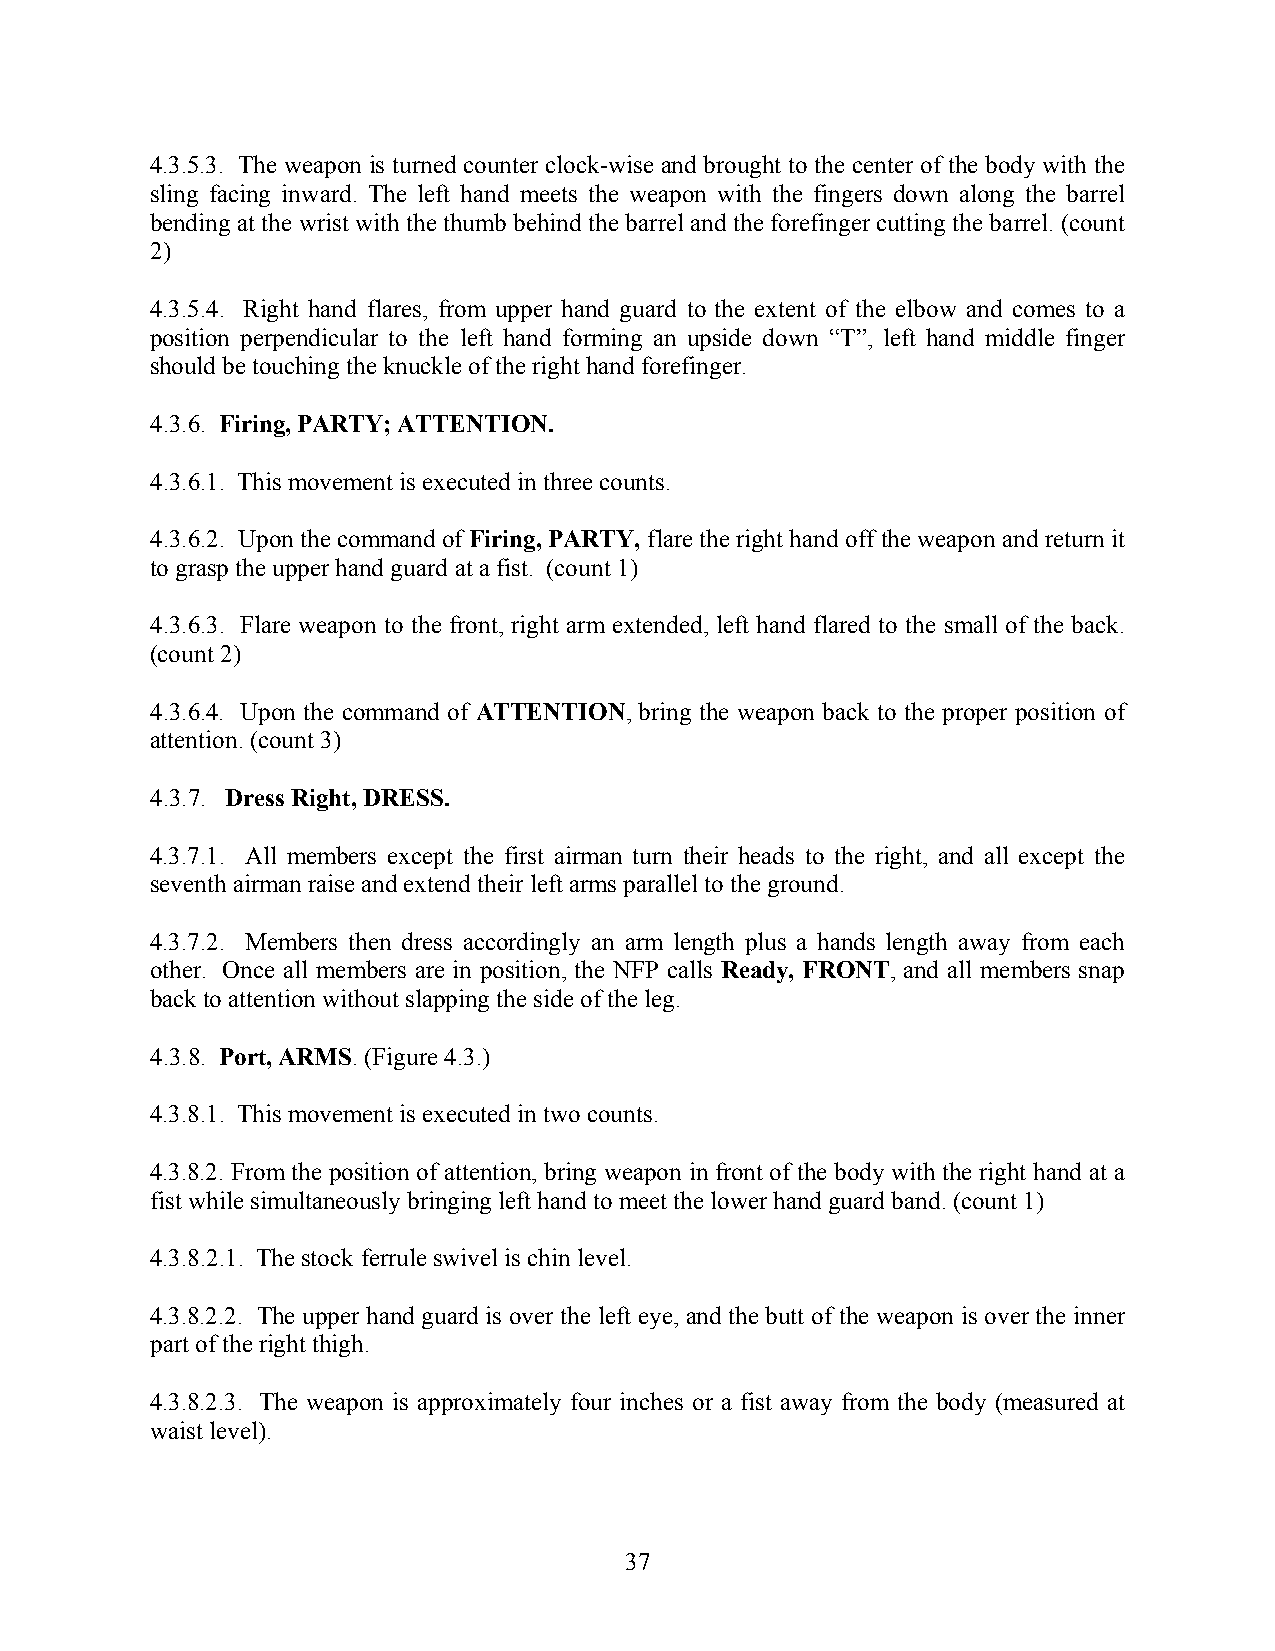
4.3.5.3. The weapon is turned counter clock-wise and brought to the center of the body with the
 sling facing inward. The left hand meets the weapon with the fingers down along the barrel
 bending at the wrist with the thumb behind the barrel and the forefinger cutting the barrel. (count
 2)
 4.3.5.4. Right hand flares, from upper hand guard to the extent of the elbow and comes to a
 position perpendicular to the left hand forming an upside down “T”, left hand middle finger
 should be touching the knuckle of the right hand forefinger.
 4.3.6. Firing, PARTY; ATTENTION.
 4.3.6.1. This movement is executed in three counts.
 4.3.6.2. Upon the command of Firing, PARTY, flare the right hand off the weapon and return it
 to grasp the upper hand guard at a fist. (count 1)
 4.3.6.3. Flare weapon to the front, right arm extended, left hand flared to the small of the back.
 (count 2)
 4.3.6.4. Upon the command of ATTENTION, bring the weapon back to the proper position of
 attention. (count 3)
 4.3.7. Dress Right, DRESS.
 4.3.7.1. All members except the first airman turn their heads to the right, and all except the
 seventh airman raise and extend their left arms parallel to the ground.
 4.3.7.2. Members then dress accordingly an arm length plus a hands length away from each
 other. Once all members are in position, the NFP calls Ready, FRONT, and all members snap
 back to attention without slapping the side of the leg.
 4.3.8. Port, ARMS. (Figure 4.3.)
 4.3.8.1. This movement is executed in two counts.
 4.3.8.2. From the position of attention, bring weapon in front of the body with the right hand at a
 fist while simultaneously bringing left hand to meet the lower hand guard band. (count 1)
 4.3.8.2.1. The stock ferrule swivel is chin level.
 4.3.8.2.2. The upper hand guard is over the left eye, and the butt of the weapon is over the inner
 part of the right thigh.
 4.3.8.2.3. The weapon is approximately four inches or a fist away from the body (measured at
 waist level).
 37